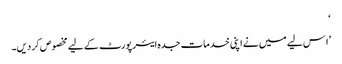
‘
’ا س لیے میں نے اپنی خدمات جدہ ایئرپورٹ کے لیے مخصوص کر دیں۔